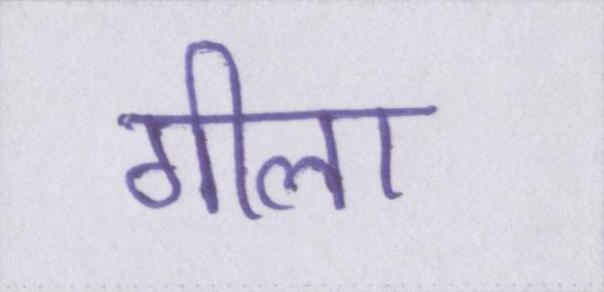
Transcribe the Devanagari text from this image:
गीला